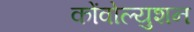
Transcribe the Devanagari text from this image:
कोंवोल्युशन